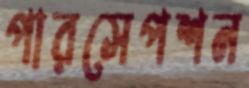
পারসেপশন